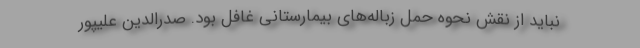
نباید از نقش نحوه حمل زباله‌های بیمارستانی غافل بود. صدرالدین علیپور